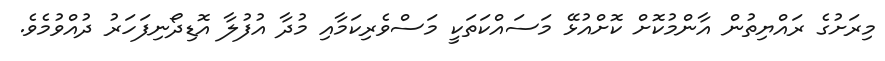
މިރަށުގެ ރައްޔިތުން އާންމުކޮށް ކޮށްއުޅޭ މަސައްކަތަކީ މަސްވެރިކަމާއި މުދާ އުފުލާ އޮޑިދޯނިފަހަރު ދުއްވުމެވެ.